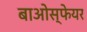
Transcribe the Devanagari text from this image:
बाओस्फेयर